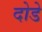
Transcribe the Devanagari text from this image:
दोडे